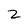
Character: 2